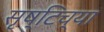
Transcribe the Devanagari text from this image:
सृष्टिच्या